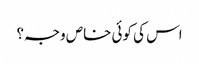
اس کی کوئی خاص وجہ؟